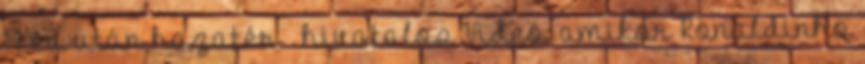
14 év után hazatér – hivatalos Videó: amikor Ronaldinho